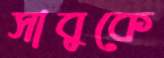
সাবুকে